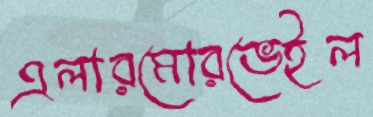
এলারমোরভেইল